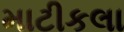
માટીકલા